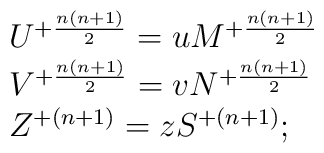
\begin{array}{lcr}U^{+{n(n+1)\over2}}=uM^{+{n(n+1)\over2}}\\V^{+{n(n+1)\over2}}=vN^{+{n(n+1)\over2}}\\Z^{+{(n+1)}}=zS^{+{(n+1)}} ;\end{array}